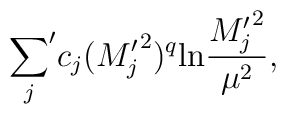
{\sum_j}^\prime c_j({M_j^\prime}^2)^q{\rm ln} {{M_j^\prime}^2\over \mu^2},